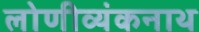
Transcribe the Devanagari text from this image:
लोणीव्यंकनाथ